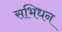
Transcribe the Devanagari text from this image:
सभिधन